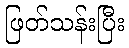
ဖြတ်သန်းပြီး